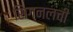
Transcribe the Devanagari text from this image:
सिग्नलची